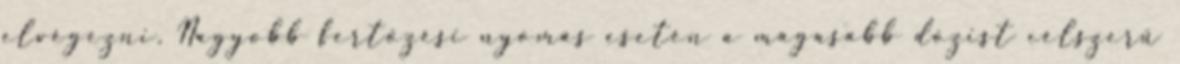
elvégezni. Nagyobb fertőzési nyomás esetén a magasabb dózist célszerű